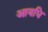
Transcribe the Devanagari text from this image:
आवधि